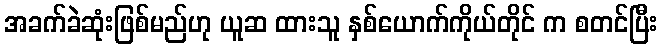
အခက်ခဲဆုံးဖြစ်မည်ဟု ယူဆ ထားသူ နှစ်ယောက်ကိုယ်တိုင် က စတင်ပြီး